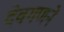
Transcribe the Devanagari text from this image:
देवगणने